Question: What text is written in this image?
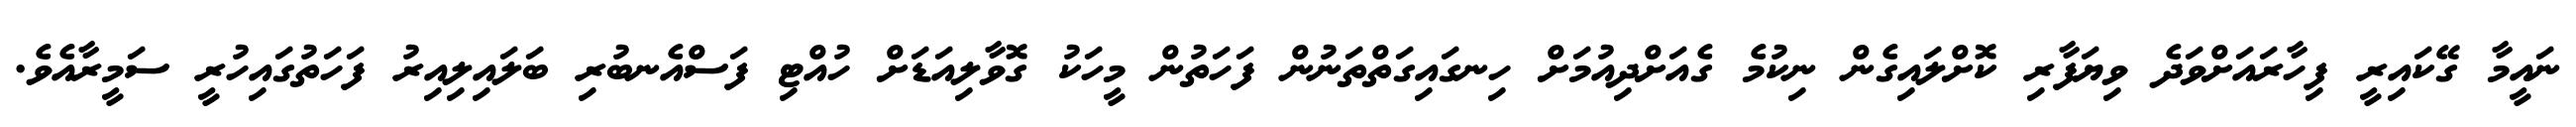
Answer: ނައީމާ ގޭކައިރީ ފިހާރައަށްވަދެ ވިޔަފާރި ކޮށްލައިގެން ނިކުމެ ގެއަށްދިއުމަށް ހިނގައިގަތްތަނުން ފަހަތުން މީހަކު ގޮވާލިއަޑަށް ހުއްޓި ފަސްއެނބުރި ބަލައިލިއިރު ފަހަތުގައިހުރީ ސަމީރާއެވެ.